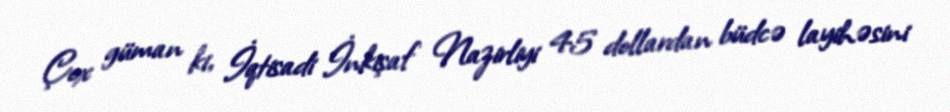
Çox güman ki, İqtisadi İnkişaf Nazirliyi 45 dollardan büdcə layihəsini